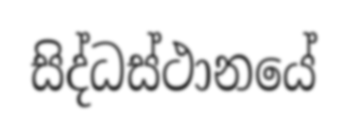
සිද්ධස්ථානයේ